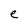
Character: e